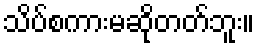
သိပ်စကားမဆိုတတ်ဘူး။